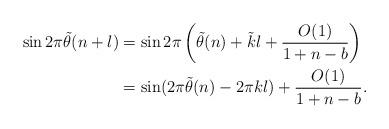
LaTeX: \begin{align*}\sin2\pi\tilde{\theta}(n+l)&=\sin2\pi\left(\tilde\theta(n)+\tilde{k}l+\frac{O(1)}{1+n-b}\right)\\&=\sin(2\pi\tilde{\theta}(n)-2\pi kl)+\frac{O(1)}{1+n-b}.\end{align*}